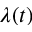
\lambda ( t )